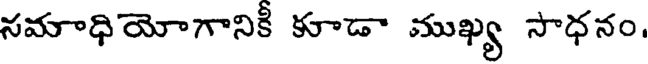
సమాధియోగానికీ కూడా ముఖ్య సాధనం.